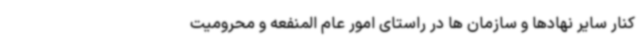
کنار سایر نهادها و سازمان ها در راستای امور عام المنفعه و محرومیت